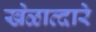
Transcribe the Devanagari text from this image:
खेळाव्दारे